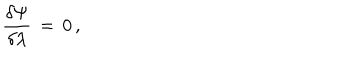
LaTeX: { \frac { \delta \Psi } { \delta \lambda } } \, = \, 0 \, ,